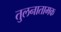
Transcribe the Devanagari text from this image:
तुलनातामक